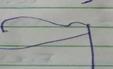
Signature authenticity: forged